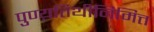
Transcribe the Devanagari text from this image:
पुण्य़तिथीनिमित्त